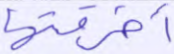
أخرقتها